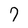
Character: 7